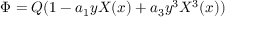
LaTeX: \Phi = Q ( 1 - a _ { 1 } y X ( x ) + a _ { 3 } y ^ { 3 } X ^ { 3 } ( x ) )